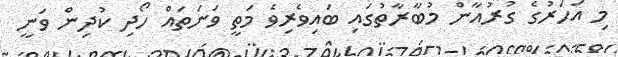
މި އަހަރުގެ ގުރުއާން މުބާރާތުގައި ބައިވެރިވެ މަތީ ވަނަތައް ހޯދި ކުދިން ވަނީ